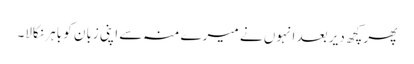
پھر کچھ دیر بعد انہوں نے میرے منہ سے اپنی زبان کو باہر نکالا۔